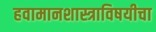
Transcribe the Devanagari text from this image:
हवामानशास्त्राविषयीचा